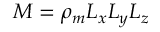
M = \rho _ { m } L _ { x } L _ { y } L _ { z }